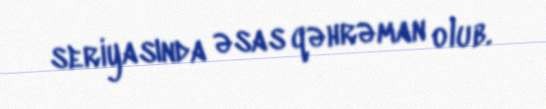
seriyasında əsas qəhrəman olub.